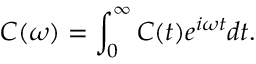
C ( \omega ) = \int _ { 0 } ^ { \infty } C ( t ) e ^ { i \omega t } d t .